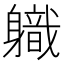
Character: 軄